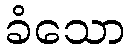
ခံသော